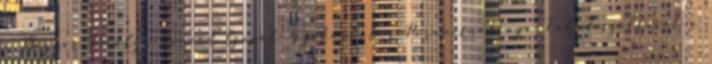
a Magyar Királyi Honvéd Csapat Gyakorlótér Parancsnoksága. Főhadiszállását a